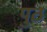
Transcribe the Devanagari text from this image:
पुठ